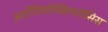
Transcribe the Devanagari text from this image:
आर्टीरियोस्किलरोसिस